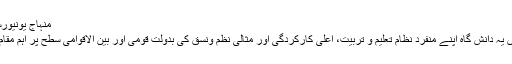
منہاج یونیورسٹی کے تحت کالجز
گزشتہ 20 سالوں میں یہ دانش گاہ اپنے منفرد نظام تعلیم و تربیت، اعلیٰ کارکردگی اور مثالی نظم ونسق کی بدولت قومی اور بین الاقوامی سطح پر اہم مقام حاصل کر چکا ہے۔